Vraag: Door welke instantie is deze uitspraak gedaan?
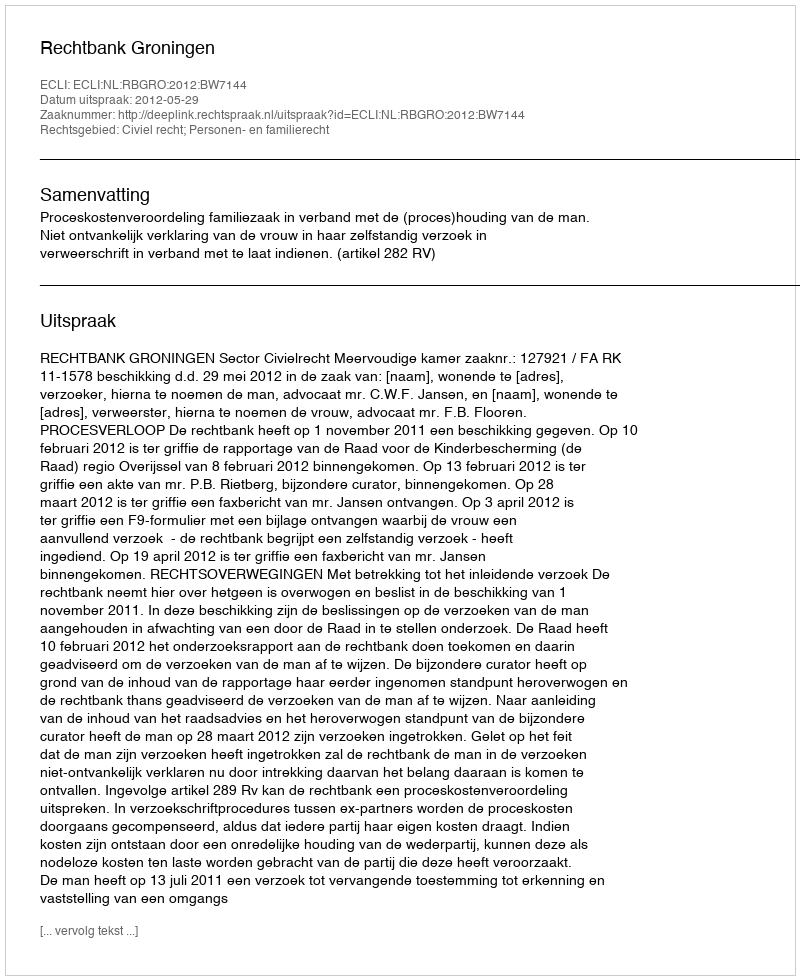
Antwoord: Rechtbank Groningen